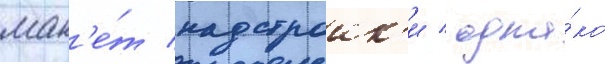
мак'е́т надстроик'и / одна́ко